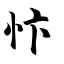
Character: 忭